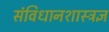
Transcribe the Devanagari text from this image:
संविधानशास्त्रज्ञ